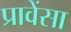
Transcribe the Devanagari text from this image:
प्रावेंसा